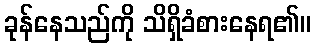
ခုန်နေသည်ကို သိရှိခံစားနေရ၏။